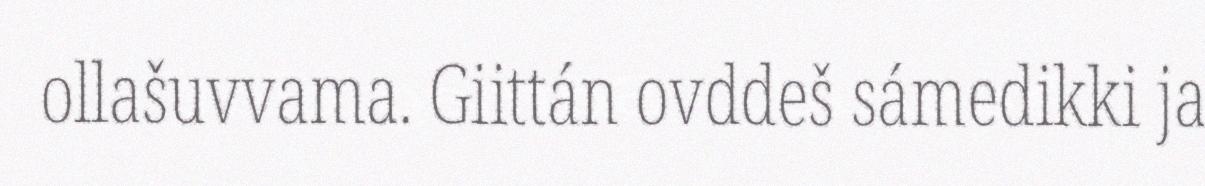
ollašuvvama. Giittán ovddeš sámedikki ja